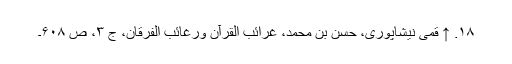
۱۸. ↑ قمی نیشاپوری، حسن بن محمد، غرائب القرآن ورغائب الفرقان، ج ۳، ص ۶۰۸۔